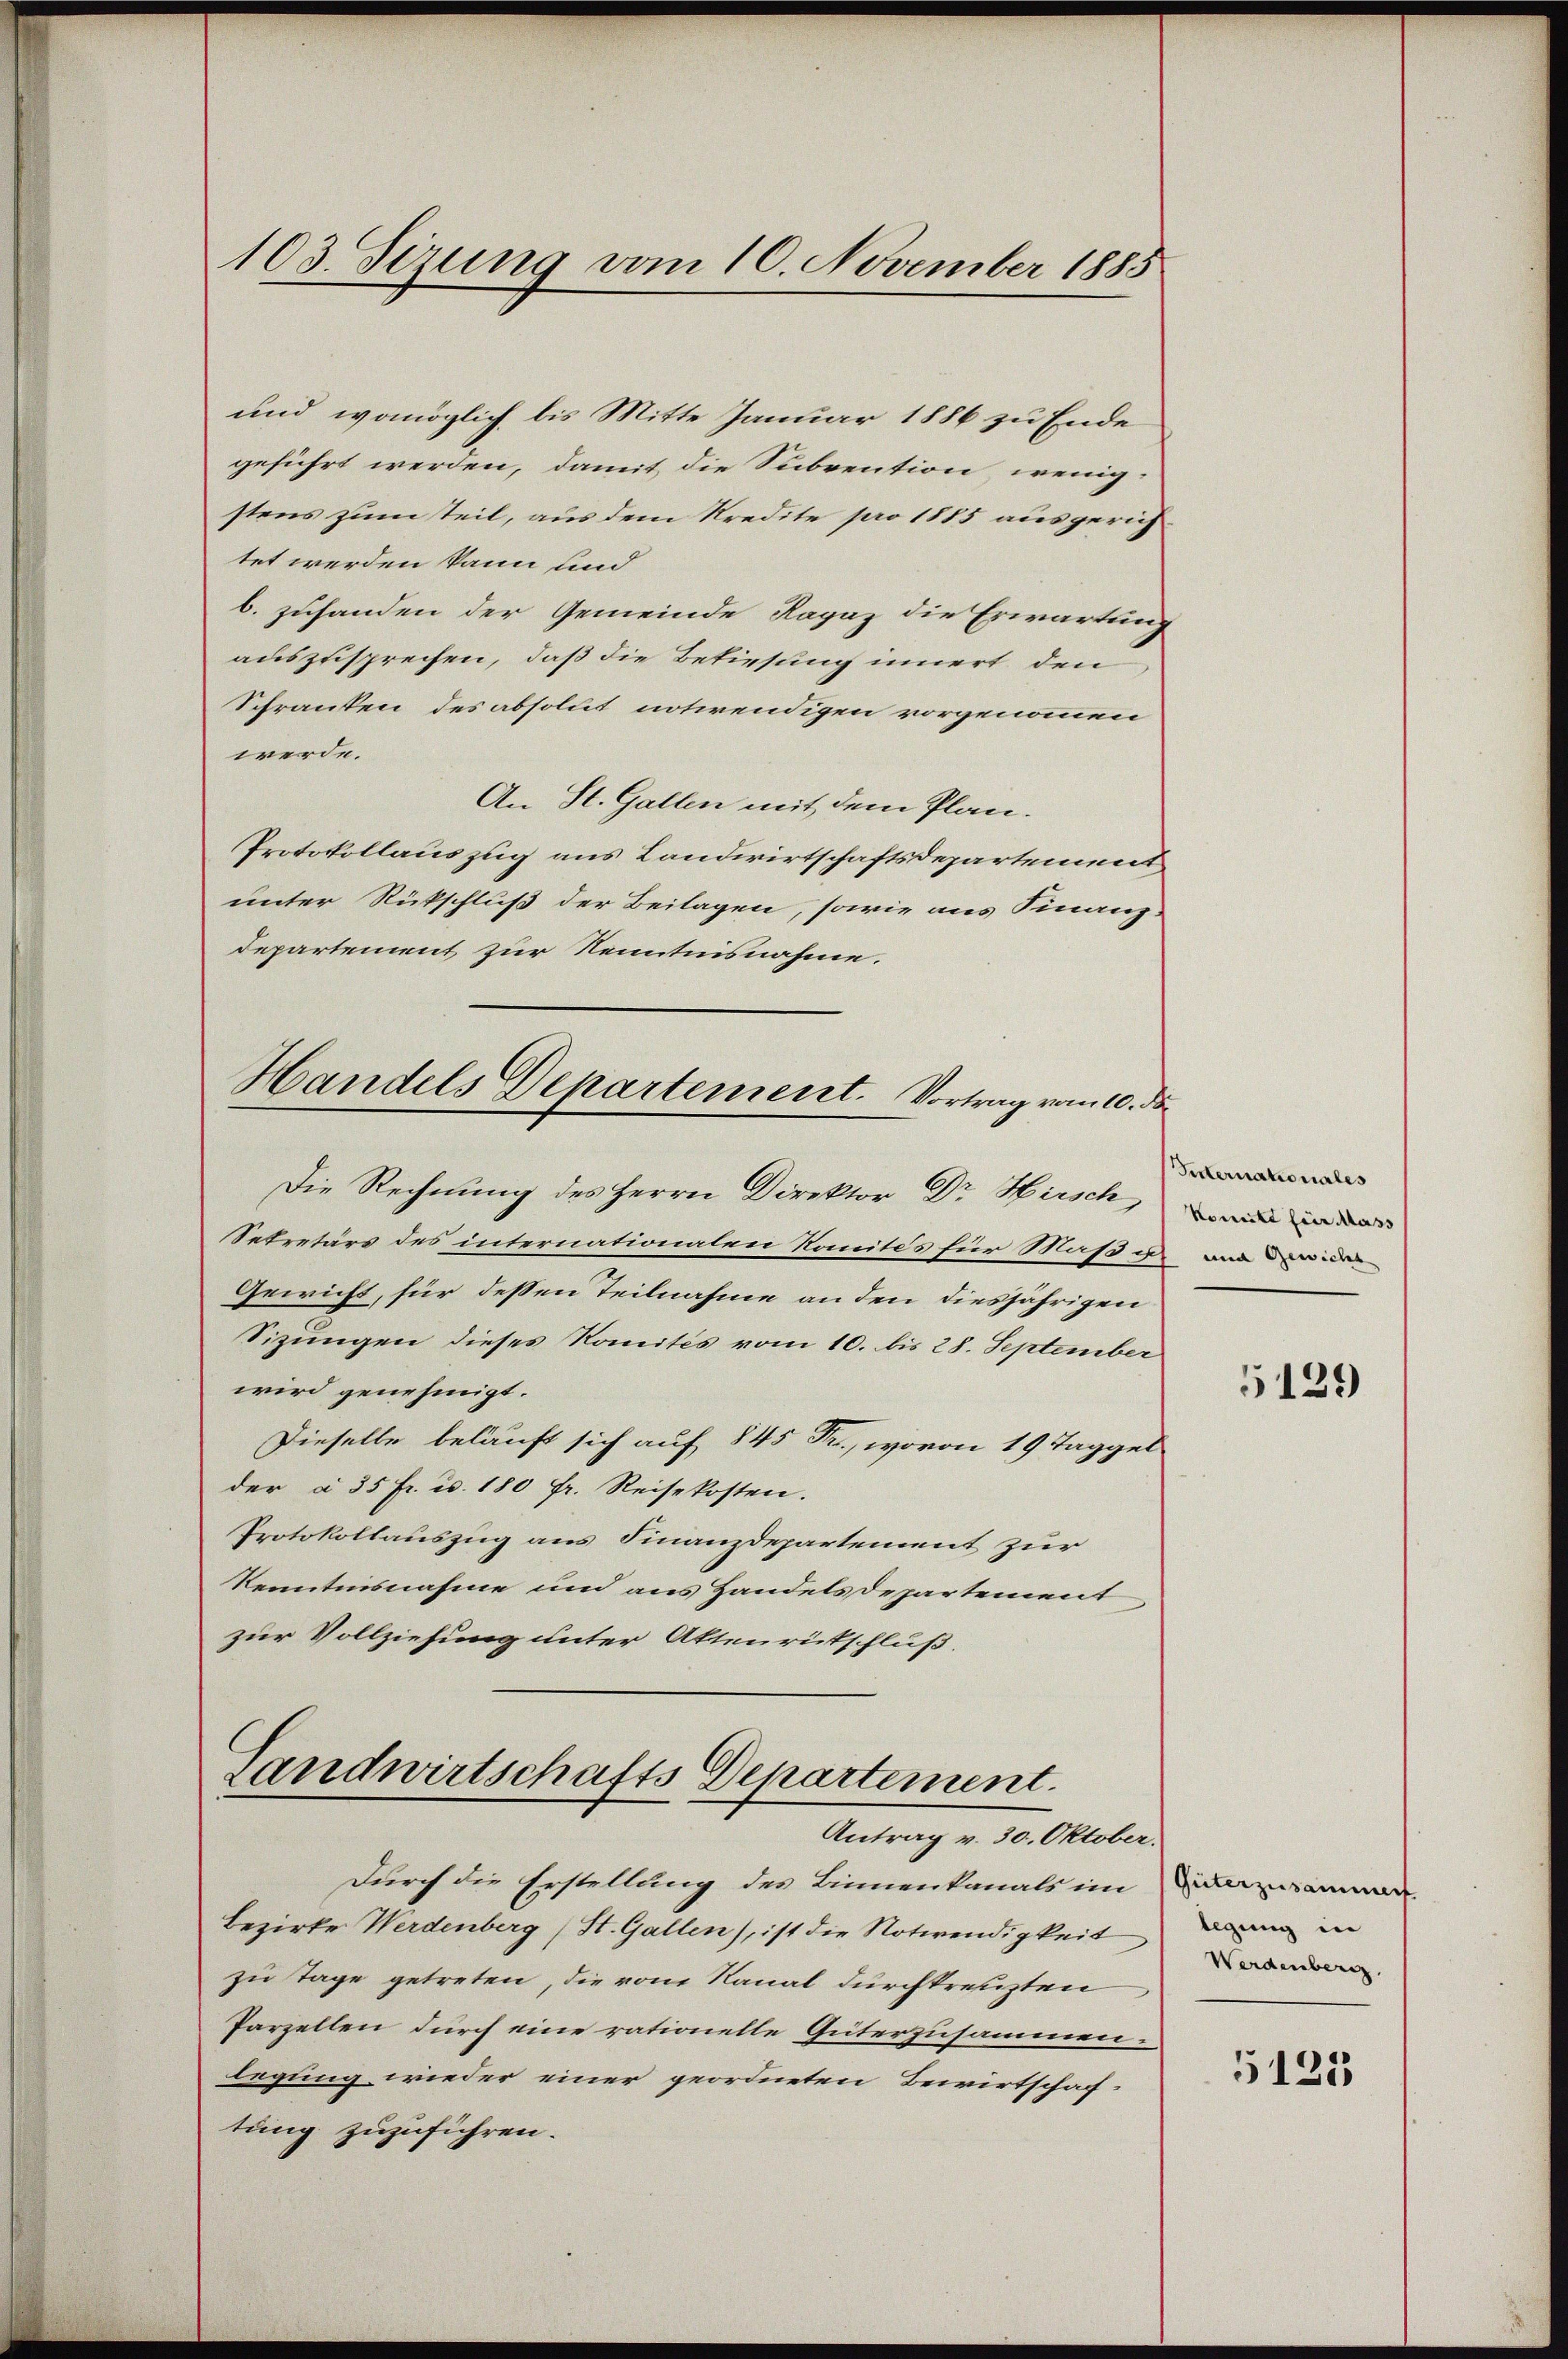
103. Sizung vom 10. November 1885

und womöglich bis Mitte Januar 1886 zu Ende
geführt werden, damit die Subvention, wenig-
stens zum teil, aus dem Kredite pro 1885 ausgerichtet werden kann und
b. zuhanden der Gemeinde Ragaz die Erwartung
auszusprechen, daß die Bekiesung innert den
Schranken des absolut notwendigen vorgenommen
werde.
An St. Gallen mit dem Plan.
Protokollauszug aus Landwirtschaftsdepartement
unter Rückschluß der Beilagen, sowie aus Finanz-
departement zur Kenntnisnahme.
Handels Departement. Vortrag vom 10. ds.
Die Rechnung des Herrn Direktor Dr Hirsch, und in der
Sekretärs des internationalen Komités für Maß u.
Gewicht, für dessen Teilnahme an den diesjährigen
Sizungen dieses Komités vom 10. bis 28. September
wird genehmigt.
Dieselbe beläuft sich auf 845 Fr., wovon 19 Taggel
der à 35 fr. u. 180 fr. Reisekosten.
Protokollauszug aus Finanzdepartement zur
Kenntnisnahme um aus Handelsdepartement
zur Vollziehung unter Aktenrütschluß.

Landwirtschafts Departement.
Antrag v. 30. Oktober.

Durch die Erstellung des Binnenkanals im Widersammen
Bezirke Werdenberg (St. Gallen), ist die Notwendigkeit
zu Tage getreten, die vom Kanal durchkreuzten
Parzellen durch eine rationelle Güterzusammen-
legung wieder einer geordneten Bewirtschaff-
tung zuzuführen.

Peternationales

5129

legung in
Werdenberg

5125